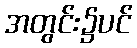
အတွင်း၌ပင်